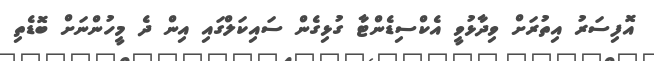
އޮފިސަރު އިތުރަށް ވިދާޅުވީ އެކްސިޑެންޓާ ގުޅިގެން ސައިކަލްގައި އިން ދެ މީހުންނަށް ބޮޑެތި